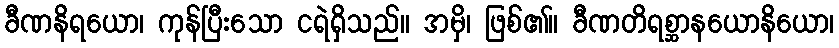
ခီဏနိရယော၊ ကုန်ပြီးသော ငရဲရှိသည်။ အမှိ၊ ဖြစ်၏။ ခီဏတိရစ္ဆာနယောနိယော၊